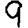
Digit: 9